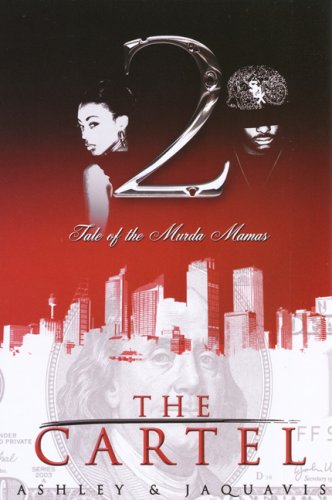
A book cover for The Cartel 2; Ashley; Literature & Fiction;